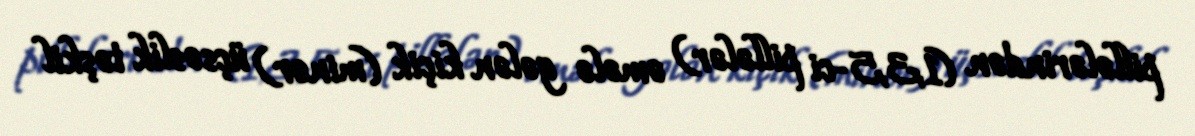
pillələrindən (1,3,5-ci pillələr) əmələ gələn kiçik (minor) üçsəslik təşkil